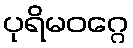
ပုရိမဝဂ္ဂေ